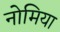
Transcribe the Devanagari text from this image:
नोमिया